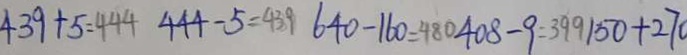
4 3 9 + 5 = 4 4 4 4 4 4 - 5 = 4 3 9 6 4 0 - 1 6 0 = 4 8 0 4 0 8 - 9 = 3 9 9 1 5 0 + 2 7 0